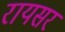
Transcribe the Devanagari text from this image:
रायसर